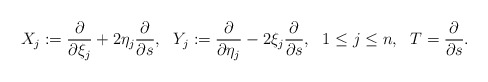
\begin{align*} \begin{aligned} X_j:=\frac{\partial}{\partial \xi_j}+2\eta_j\frac{\partial }{\partial s}, ~~Y_j:=\frac{\partial}{\partial \eta_j}-2\xi_j\frac{\partial }{\partial s},~~1\leq j\leq n,~~T=\frac{\partial}{\partial s}. \end{aligned}\end{align*}